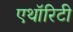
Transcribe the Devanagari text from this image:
एथॉरिटी